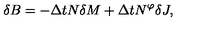
\delta B = - \Delta t N \delta M + \Delta t N ^ { \varphi } \delta J ,